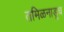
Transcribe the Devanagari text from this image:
तमिळनाडूच